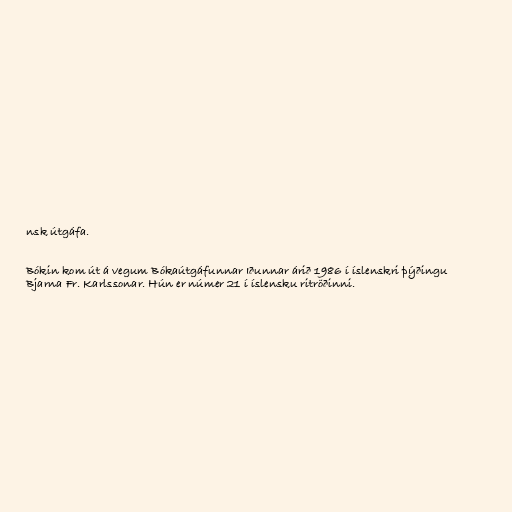
nsk útgáfa.

Bókin kom út á vegum Bókaútgáfunnar Iðunnar árið 1986 í íslenskri þýðingu
Bjarna Fr. Karlssonar. Hún er númer 21 í íslensku ritröðinni.